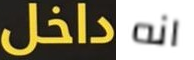
داخل انه